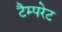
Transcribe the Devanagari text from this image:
टैम्परेट